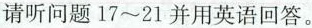
请听问题17~21并用英语回答。